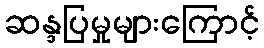
ဆန္ဒပြမှုများကြောင့်